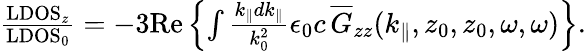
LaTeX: \begin{array}{r}{\frac{\mathrm{LDOS}_{z}}{\mathrm{LDOS}_{0}}=-3\mathrm{Re}\left\{ \int\frac{k_{\parallel}dk_{\parallel}}{k_{0}^{2}}\epsilon_{0}c\, \overline{G}_{zz}(k_{\parallel},z_{0},z_{0},\omega,\omega)\right\} .}\end{array}